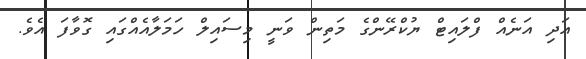
އަދި އަނެއް ފްލައިޓް ޔުކްރޭންގެ މަތިން ވަނީ މިސައިލް ހަމަލާއެއްގައި ގޮވާފަ އެވެ.